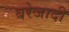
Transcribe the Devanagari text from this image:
बरेजादी